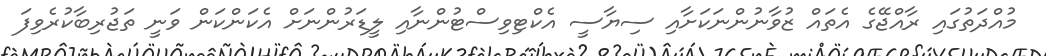
މުއްދަތުގައި ރާއްޖޭގެ އެތައް ޒުވާނުންނަކަށާއި ސިޔާސީ އެކްޓިވިސްޓުންނާއި ލީޑަރުންނަށް އެކަންކަން ވަނީ ތަޖުރިބާކުރެވިފަ